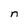
Character: n